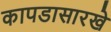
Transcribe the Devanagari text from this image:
कापडासारखे